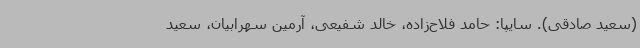
(سعید صادقی). سایپا: حامد فلاح‌زاده، خالد شفیعی، آرمین سهرابیان، سعید